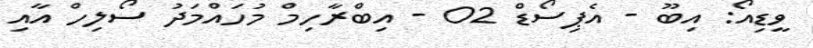
ވީޑިއޯ: އިބޫ - އެޕިސޯޑް 02 - އިބްރާހިމް މުހައްމަދު ސޯލިހް އާއި